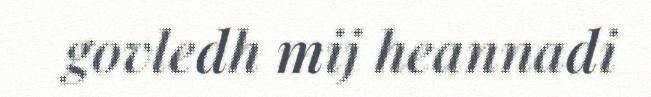
govledh mij heannadi